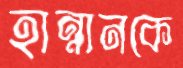
হান্নানকে